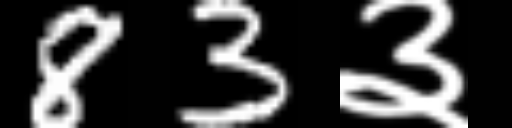
Text: 83३